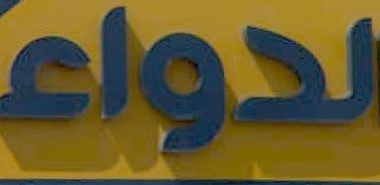
الدواء